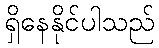
ရှိနေနိုင်ပါသည်